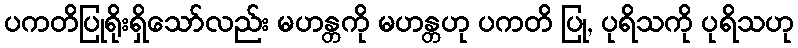
ပကတိပြုရိုးရှိသော်လည်း မဟန္တကို မဟန္တဟု ပကတိ ပြု, ပုရိသကို ပုရိသဟု